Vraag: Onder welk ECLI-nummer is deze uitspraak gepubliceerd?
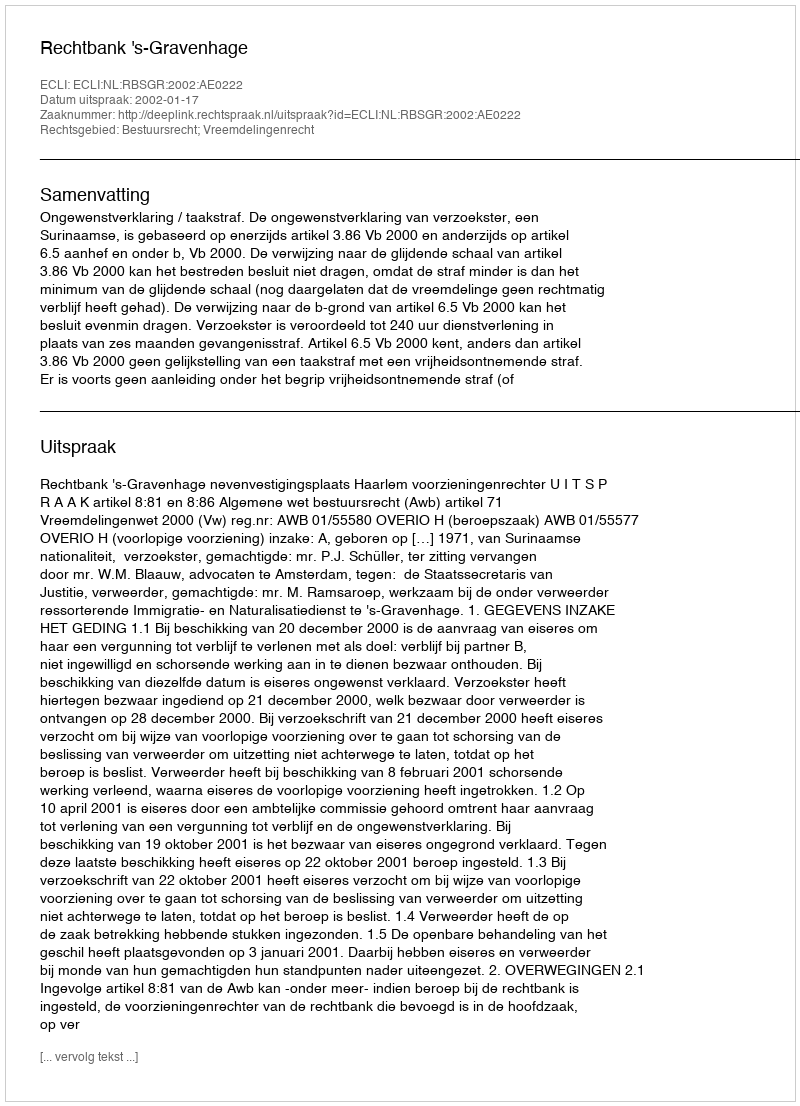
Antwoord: ECLI:NL:RBSGR:2002:AE0222